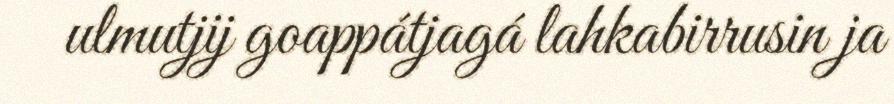
ulmutjij goappátjagá lahkabirrusin ja